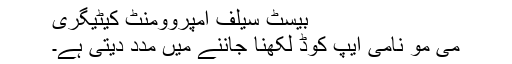
بیسٹ سیلف امپروومنٹ کیٹیگری
می مو نامی ایپ کوڈ لکھنا جاننے میں مدد دیتی ہے۔